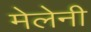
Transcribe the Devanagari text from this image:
मेलेनी